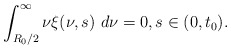
\begin{align*} \int_{R_{0}/2}^{\infty}\nu\xi(\nu,s)\ d\nu=0,s\in(0, t_{0}). \end{align*}